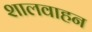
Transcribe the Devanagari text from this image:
शालवाहन